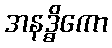
အနဒ္ဓိကော